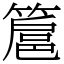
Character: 簄